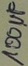
Text: 100µF